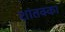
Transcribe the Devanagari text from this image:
शांतक्का